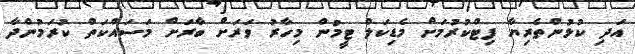
އަދި ކުޅުންތެރިޔާ ފިޓްކުރުމަށް މެޑިކަލް ޓީމުން މިހާރު ވަރަށް ބާރަށް މަސައްކަތް ކުރަމުންދާ